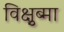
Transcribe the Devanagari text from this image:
विक्षुब्मा